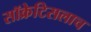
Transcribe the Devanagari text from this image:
सॉक्रेटिसलाच